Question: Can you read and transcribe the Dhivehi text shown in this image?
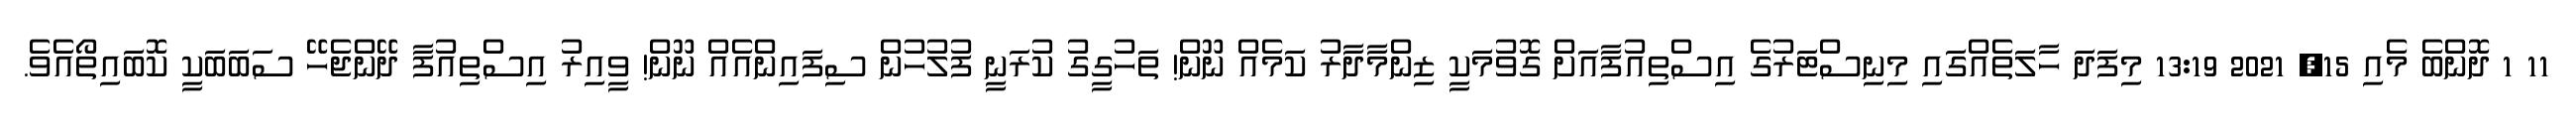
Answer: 11 1 ދޮންބެ މެއި 15, 2021 13:19 މިފަދަ ހާލަތެއްގައި މިނިސްޓަރުގެ އިސްތިއުފާއަށް ގޮވުމަކީ ޒިންމާދާރު ކަމެއް ނޫން! ތަހުގީގު ކުރަނީ ފުލުހުން ސިފައިންއެއް ނޫން! ވީއިރު އިސްތިއުފާ ދޭންޖެހޭ ސަބަބަކީ ކޮބައިތޯއެވެ.